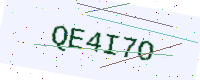
Text: QE4I7O